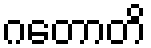
ဂတောတိ